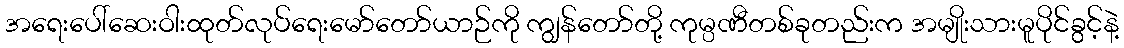
အရေးပေါ်ဆေးဝါးထုတ်လုပ်ရေးမော်တော်ယာဉ်ကို ကျွန်တော်တို့ ကုမ္ပဏီတစ်ခုတည်းက အမျိုးသားမူပိုင်ခွင့်နဲ့